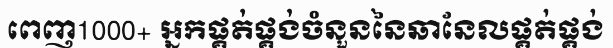
ពេញ1000+ អ្នកផ្គត់ផ្គង់ចំនួននៃឆានែលផ្គត់ផ្គង់